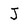
Character: J